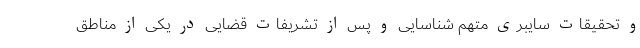
و تحقیقات سایبری متهم شناسایی و پس از تشریفات قضایی در یکی از مناطق